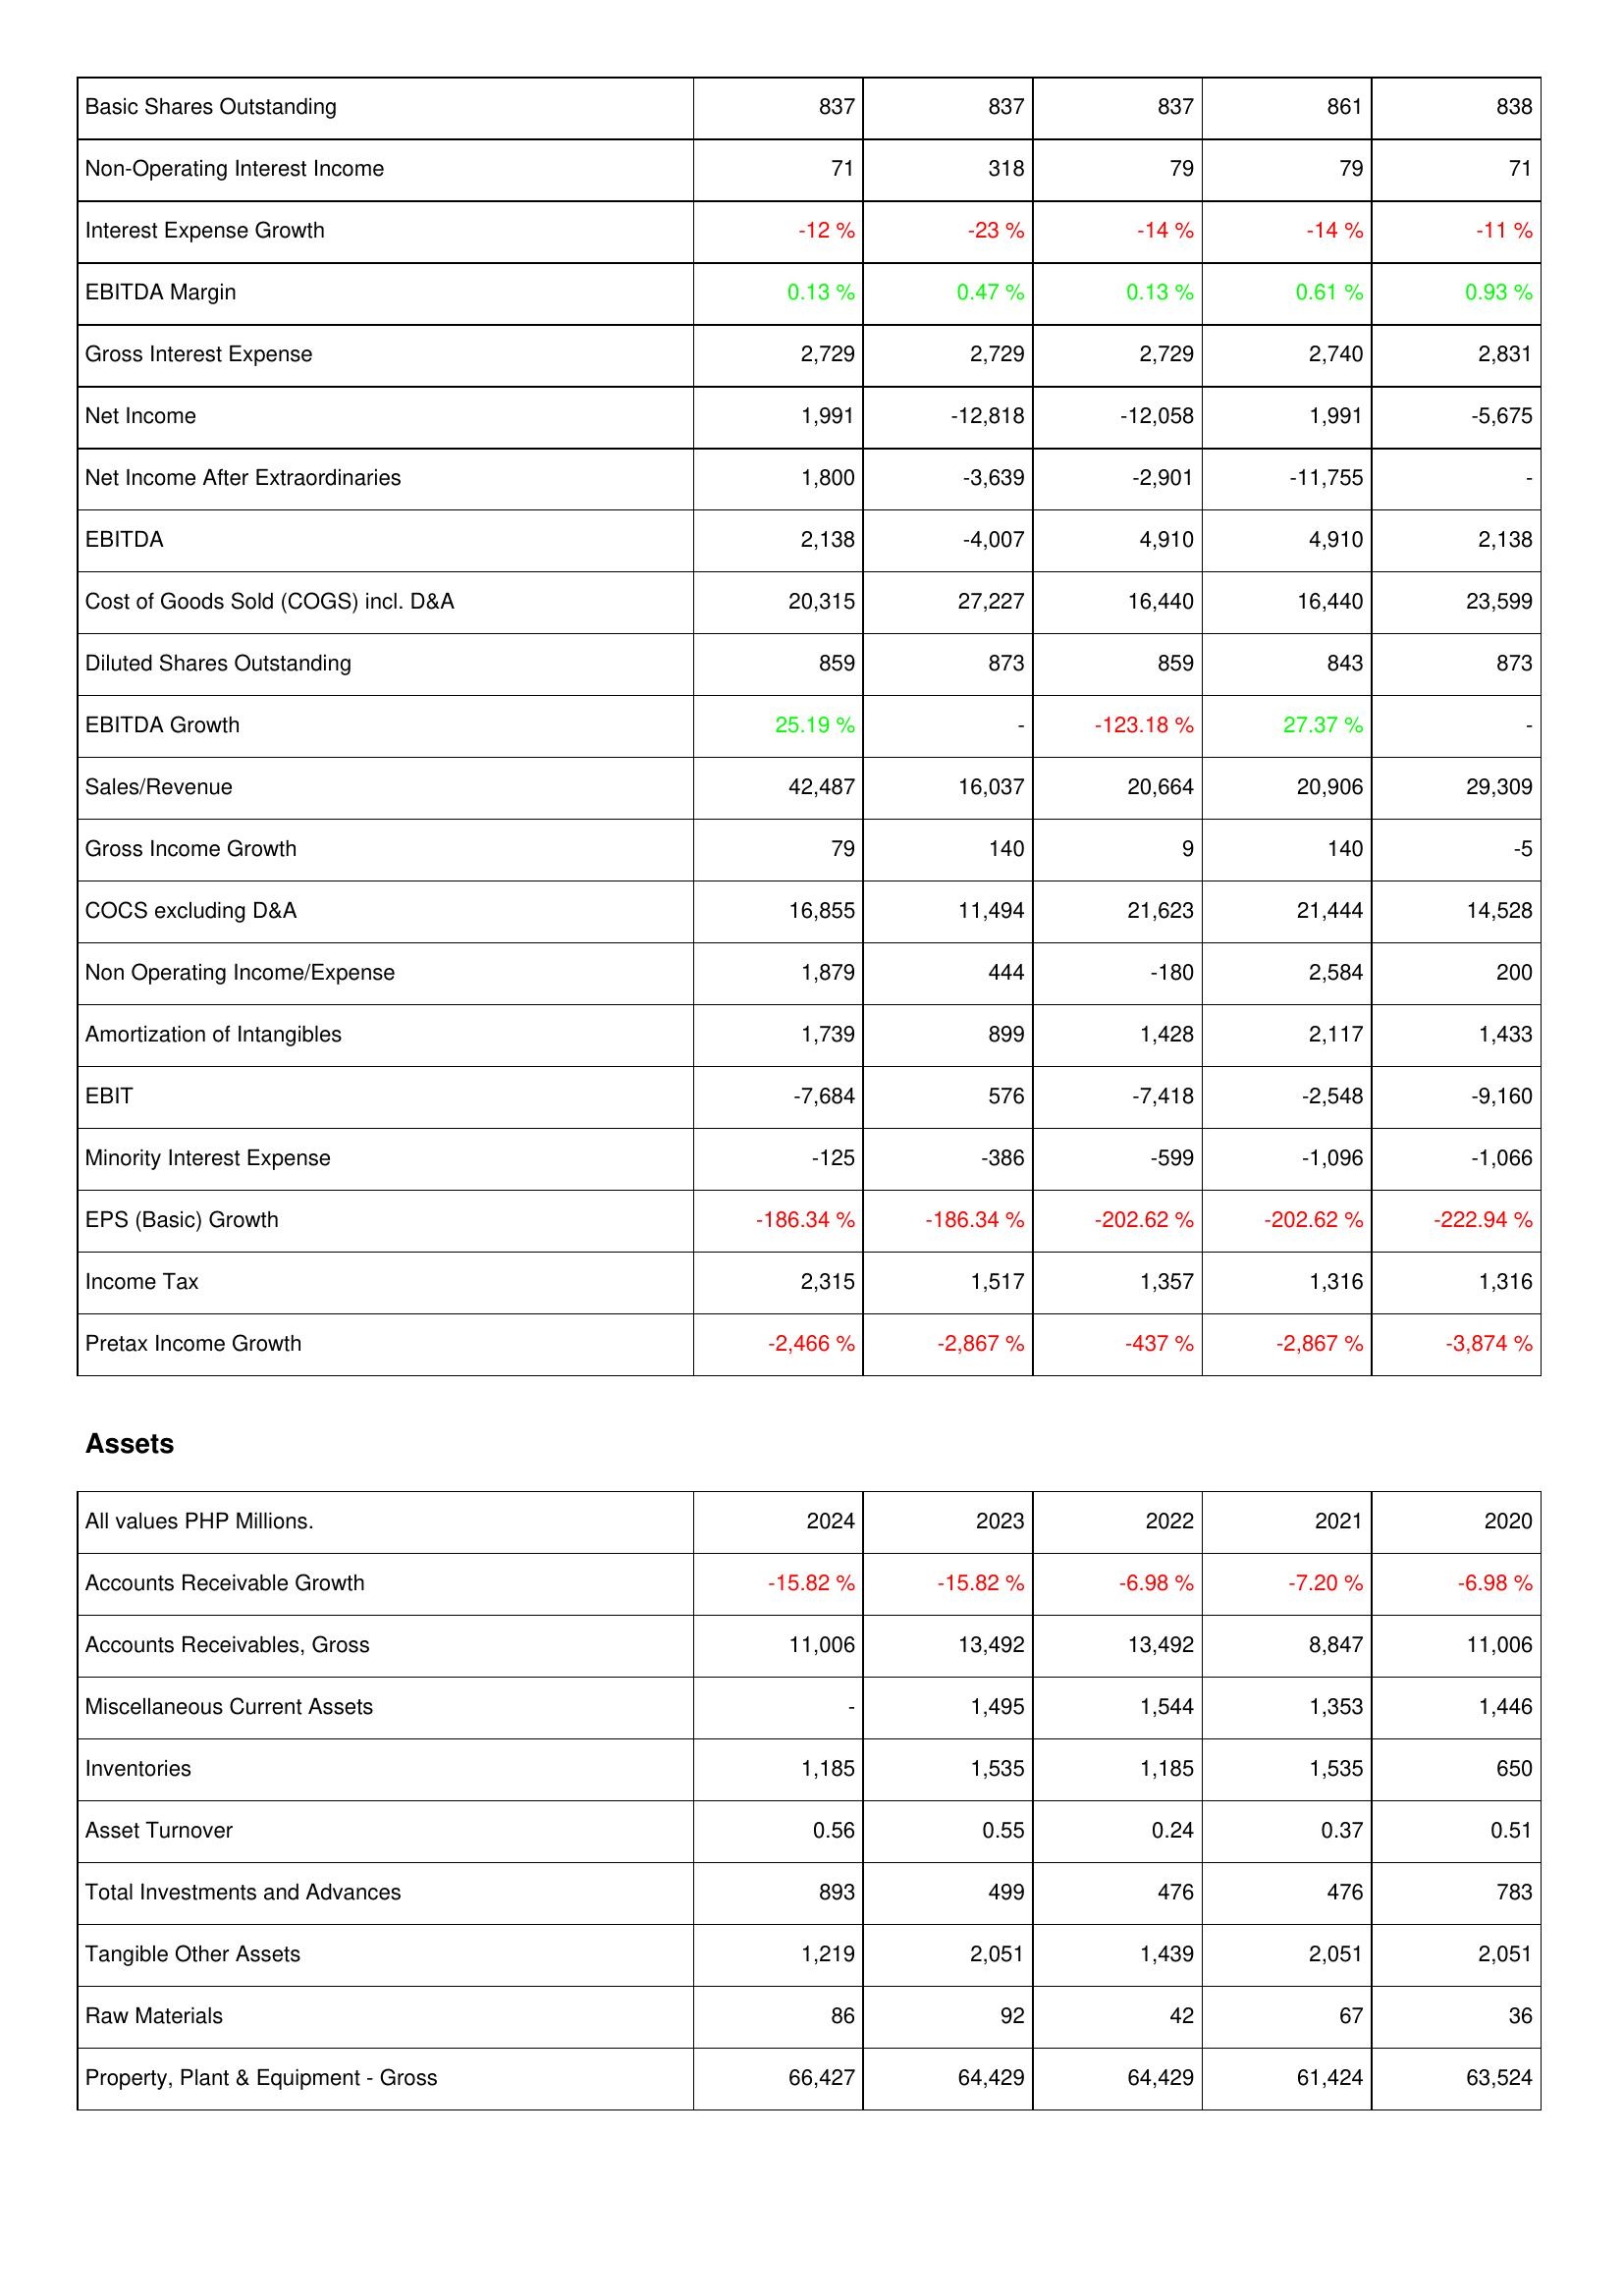
2024: Income Statement: Basic Shares Outstanding: 837
Non-Operating Interest Income: 71
Interest Expense Growth: -12 %
EBITDA Margin: 0.13 %
Gross Interest Expense: 2,729
Net Income: 1,991
Net Income After Extraordinaries: 1,800
EBITDA: 2,138
Cost of Goods Sold (COGS) incl. D&A: 20,315
Diluted Shares Outstanding: 859
EBITDA Growth: 25.19 %
Sales/Revenue: 42,487
Gross Income Growth: 79
COCS excluding D&A: 16,855
Non Operating Income/Expense: 1,879
Amortization of Intangibles: 1,739
EBIT: -7,684
Minority Interest Expense: -125
EPS (Basic) Growth: -186.34 %
Income Tax: 2,315
Pretax Income Growth: -2,466 %
Assets: Accounts Receivable Growth: -15.82 %
Accounts Receivables, Gross: 11,006
Miscellaneous Current Assets: -
Inventories: 1,185
Asset Turnover: 0.56
Total Investments and Advances: 893
Tangible Other Assets: 1,219
Raw Materials: 86
Property, Plant & Equipment - Gross: 66,427
2023: Income Statement: Basic Shares Outstanding: 837
Non-Operating Interest Income: 318
Interest Expense Growth: -23 %
EBITDA Margin: 0.47 %
Gross Interest Expense: 2,729
Net Income: -12,818
Net Income After Extraordinaries: -3,639
EBITDA: -4,007
Cost of Goods Sold (COGS) incl. D&A: 27,227
Diluted Shares Outstanding: 873
EBITDA Growth: -
Sales/Revenue: 16,037
Gross Income Growth: 140
COCS excluding D&A: 11,494
Non Operating Income/Expense: 444
Amortization of Intangibles: 899
EBIT: 576
Minority Interest Expense: -386
EPS (Basic) Growth: -186.34 %
Income Tax: 1,517
Pretax Income Growth: -2,867 %
Assets: Accounts Receivable Growth: -15.82 %
Accounts Receivables, Gross: 13,492
Miscellaneous Current Assets: 1,495
Inventories: 1,535
Asset Turnover: 0.55
Total Investments and Advances: 499
Tangible Other Assets: 2,051
Raw Materials: 92
Property, Plant & Equipment - Gross: 64,429
2022: Income Statement: Basic Shares Outstanding: 837
Non-Operating Interest Income: 79
Interest Expense Growth: -14 %
EBITDA Margin: 0.13 %
Gross Interest Expense: 2,729
Net Income: -12,058
Net Income After Extraordinaries: -2,901
EBITDA: 4,910
Cost of Goods Sold (COGS) incl. D&A: 16,440
Diluted Shares Outstanding: 859
EBITDA Growth: -123.18 %
Sales/Revenue: 20,664
Gross Income Growth: 9
COCS excluding D&A: 21,623
Non Operating Income/Expense: -180
Amortization of Intangibles: 1,428
EBIT: -7,418
Minority Interest Expense: -599
EPS (Basic) Growth: -202.62 %
Income Tax: 1,357
Pretax Income Growth: -437 %
Assets: Accounts Receivable Growth: -6.98 %
Accounts Receivables, Gross: 13,492
Miscellaneous Current Assets: 1,544
Inventories: 1,185
Asset Turnover: 0.24
Total Investments and Advances: 476
Tangible Other Assets: 1,439
Raw Materials: 42
Property, Plant & Equipment - Gross: 64,429
2021: Income Statement: Basic Shares Outstanding: 861
Non-Operating Interest Income: 79
Interest Expense Growth: -14 %
EBITDA Margin: 0.61 %
Gross Interest Expense: 2,740
Net Income: 1,991
Net Income After Extraordinaries: -11,755
EBITDA: 4,910
Cost of Goods Sold (COGS) incl. D&A: 16,440
Diluted Shares Outstanding: 843
EBITDA Growth: 27.37 %
Sales/Revenue: 20,906
Gross Income Growth: 140
COCS excluding D&A: 21,444
Non Operating Income/Expense: 2,584
Amortization of Intangibles: 2,117
EBIT: -2,548
Minority Interest Expense: -1,096
EPS (Basic) Growth: -202.62 %
Income Tax: 1,316
Pretax Income Growth: -2,867 %
Assets: Accounts Receivable Growth: -7.20 %
Accounts Receivables, Gross: 8,847
Miscellaneous Current Assets: 1,353
Inventories: 1,535
Asset Turnover: 0.37
Total Investments and Advances: 476
Tangible Other Assets: 2,051
Raw Materials: 67
Property, Plant & Equipment - Gross: 61,424
2020: Income Statement: Basic Shares Outstanding: 838
Non-Operating Interest Income: 71
Interest Expense Growth: -11 %
EBITDA Margin: 0.93 %
Gross Interest Expense: 2,831
Net Income: -5,675
Net Income After Extraordinaries: -
EBITDA: 2,138
Cost of Goods Sold (COGS) incl. D&A: 23,599
Diluted Shares Outstanding: 873
EBITDA Growth: -
Sales/Revenue: 29,309
Gross Income Growth: -5
COCS excluding D&A: 14,528
Non Operating Income/Expense: 200
Amortization of Intangibles: 1,433
EBIT: -9,160
Minority Interest Expense: -1,066
EPS (Basic) Growth: -222.94 %
Income Tax: 1,316
Pretax Income Growth: -3,874 %
Assets: Accounts Receivable Growth: -6.98 %
Accounts Receivables, Gross: 11,006
Miscellaneous Current Assets: 1,446
Inventories: 650
Asset Turnover: 0.51
Total Investments and Advances: 783
Tangible Other Assets: 2,051
Raw Materials: 36
Property, Plant & Equipment - Gross: 63,524